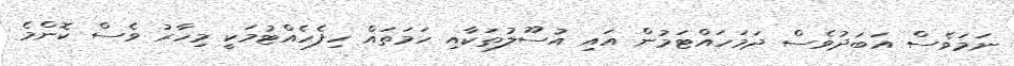
ނަމަވެސް އަބަދުވެސް ދަމަހައްޓަމުން އައި އުސޫލުތަކާއި ހަމަތައް ހިފެހެއްޓުމަކީ މިހާރު ވެސް ކޮންމެ